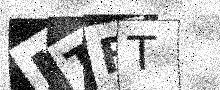
Text: MTFT